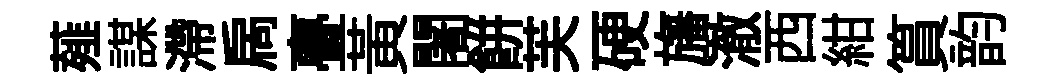
薤謀滯扄亹黃闍餅芙硬旛澈西紺篔韵